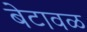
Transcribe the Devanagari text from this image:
बेटावळ